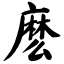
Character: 麽